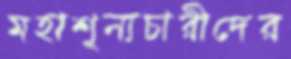
মহাশূন্যচারীদের